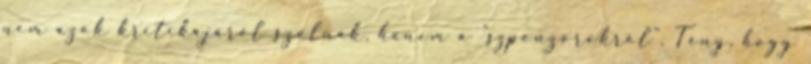
nem azok kritikájáról szólnak, hanem a "szponzorokról". Tény, hogy